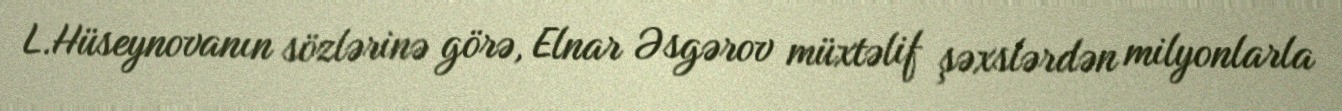
L.Hüseynovanın sözlərinə görə, Elnar Əsgərov müxtəlif şəxslərdən milyonlarla